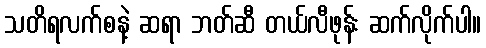
သတိရလက်စနဲ့ ဆရာ ဘတ်ဆီ တယ်လီဖုန်း ဆက်လိုက်ပါ။